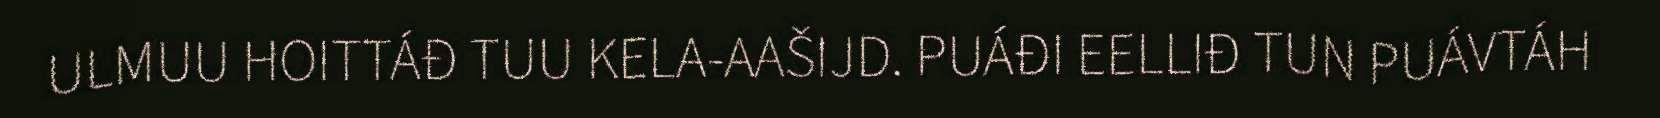
ULMUU HOITTÁĐ TUU KELA-AAŠIJD. PUÁĐI EELLIĐ TUN PUÁVTÁH